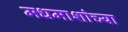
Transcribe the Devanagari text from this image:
मधमाशांच्या